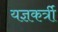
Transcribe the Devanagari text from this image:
यज्ञकर्त्री